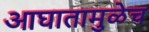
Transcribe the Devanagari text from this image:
आघातामुळेच